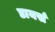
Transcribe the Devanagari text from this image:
डायर्स